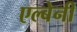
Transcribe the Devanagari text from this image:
एल्बेनी